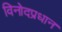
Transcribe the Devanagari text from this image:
विनोदप्रधान